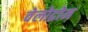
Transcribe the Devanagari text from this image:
वेलोद्रोम